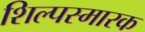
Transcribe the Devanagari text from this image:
शिल्पस्मारक